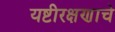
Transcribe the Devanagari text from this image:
यष्टीरक्षणाचे